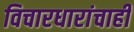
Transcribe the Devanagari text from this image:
विचारधारांचाही